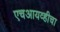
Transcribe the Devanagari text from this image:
एचआयव्हीचा